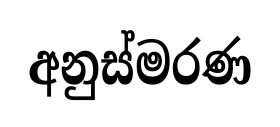
අනුස්මරණ